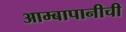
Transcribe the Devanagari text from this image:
आम्बापानीची